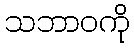
သဘာဝကို